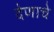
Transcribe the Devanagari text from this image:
देणाचे